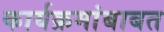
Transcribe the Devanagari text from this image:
कार्यक्रमांबाबत